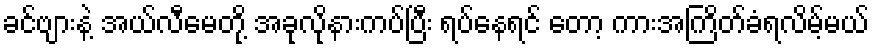
ခင်ဗျားနဲ့ အယ်လီမေတို့ အခုလိုနားကပ်ပြီး ရပ်နေရင် တော့ ကားအကြိတ်ခံရလိမ့်မယ်